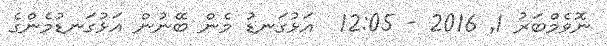
ނޮވެމްބަރު 1